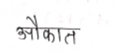
मजकूर: औकात